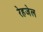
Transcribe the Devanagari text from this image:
रेहजेल